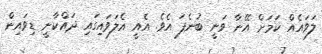
ލަވައެއް ކަމަށް އޭނާ ވަނީ ބުނެފަ އެވެ. އެއީ އެލަވައިގައި ދައްކާނީ ޑިވައިން